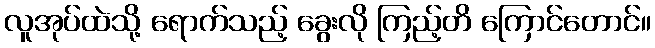
လူအုပ်ထဲသို့ ရောက်သည့် ခွေးလို ကြည့်တိ ကြောင်တောင်။